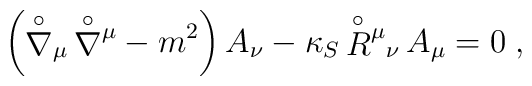
\left( {\stackrel{\circ}{\nabla}}{}_{\mu} \, {\stackrel{\circ}{\nabla}}{}^{\mu}- m^2 \right) A_\nu - \kappa_S \, {\stackrel{\circ}{R}}{}^{\mu}{}_{\nu} \, A_\mu = 0 \; ,